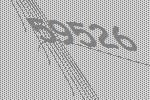
59526